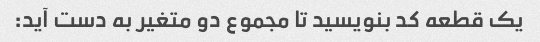
یک قطعه کد بنویسید تا مجموع دو متغیر به دست آید: